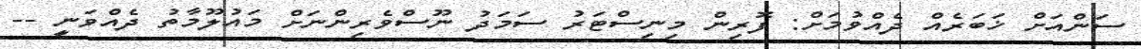
ސަންއަށް ޚަބަރެއް ދެއްވުމަށް: ފޮރިން މިނިސްޓަރު ސަމަދު ނޫސްވެރިންނަށް މައުލޫމާތު ދެއްވަނީ --